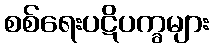
စစ်ရေးပဋိပက္ခများ